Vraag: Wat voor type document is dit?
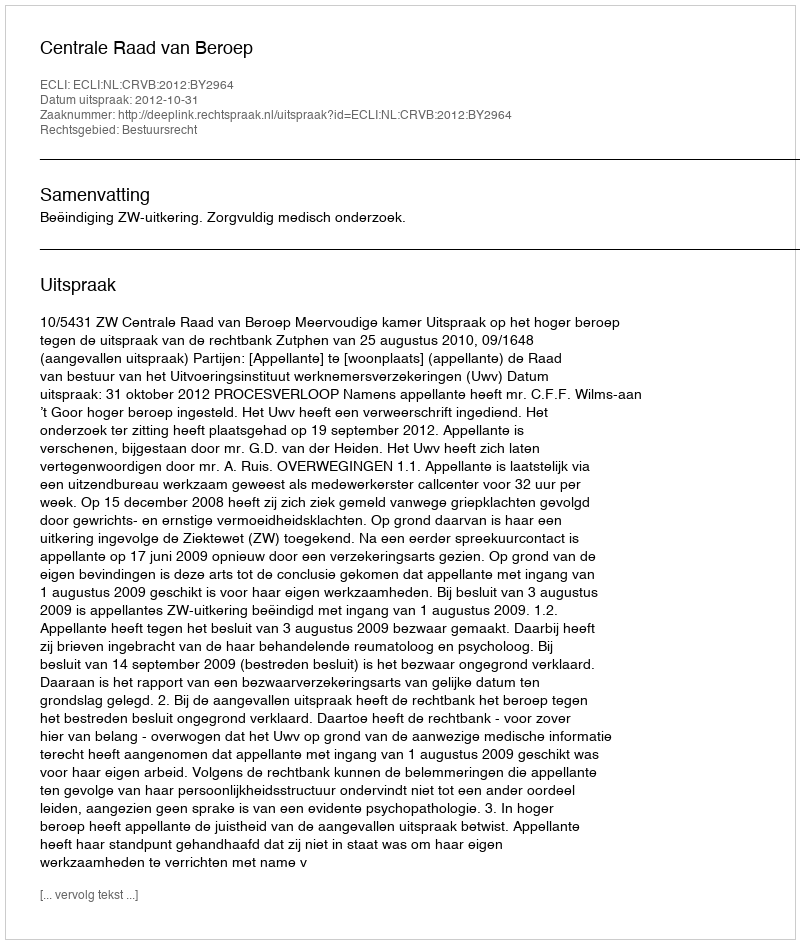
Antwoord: Uitspraak